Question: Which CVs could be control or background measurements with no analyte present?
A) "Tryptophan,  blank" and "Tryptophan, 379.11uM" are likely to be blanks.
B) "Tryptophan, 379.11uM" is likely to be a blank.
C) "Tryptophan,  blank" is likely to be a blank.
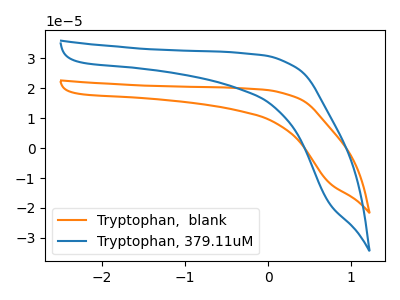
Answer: <think>The orange curve "Tryptophan,  blank" has no peaks. The blue curve "Tryptophan, 379.11uM" has no peaks.</think>
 <answer>A) "Tryptophan,  blank" and "Tryptophan, 379.11uM" are likely to be blanks.</answer>
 <eval>A</eval>